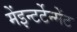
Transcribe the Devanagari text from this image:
मेंइन्टर्टेन्मेंट